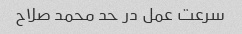
سرعت عمل در حد محمد صلاح